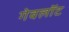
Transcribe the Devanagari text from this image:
गेवलॉट